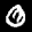
Label: 0